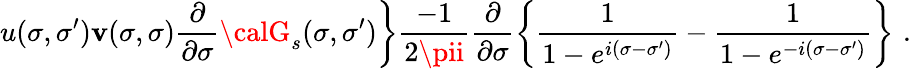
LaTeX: \left.u(\sigma,\sigma^{\prime})\mathbf{v}(\sigma,\sigma)\frac{{\partial}}{{\partial\sigma}}{\calG}_{s}(\sigma,\sigma^{\prime})\right\} \frac{{-1}}{{2\pii}}\frac{{\partial}}{{\partial\sigma}}\left\{ \frac{1}{{1-e^{i(\sigma-\sigma^{\prime})}}}-\frac{1}{{1-e^{-i(\sigma-\sigma^{\prime})}}}\right\} \, \, .